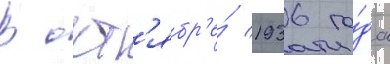
В окт'ябр'е́ 1936 го́да